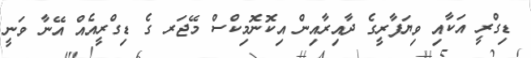
ޑިގްރީ އަކާއި ވިޔަފާރީގެ ދާއިރާއިން އިކޮނޮމިކްސް މޭޖަރ ގެ ޑިގްރީއެއް އޭނާ ވަނީ